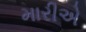
મારીએ